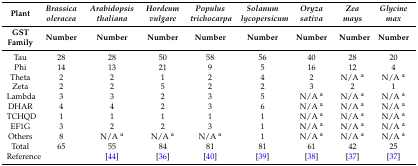
<table><thead><tr><td><b>Plant</b></td><td><b><i>Brassica oleracea</i></b></td><td><b><i>Arabidopsis thaliana</i></b></td><td><b><i>Hordeum vulgare</i></b></td><td><b><i>Populus trichocarpa</i></b></td><td><b><i>Solanum lycopersicum</i></b></td><td><b><i>Oryza sativa</i></b></td><td><b><i>Zea mays</i></b></td><td><b><i>Glycine max</i></b></td></tr><tr><td><b>GST Family</b></td><td><b>Number</b></td><td><b>Number</b></td><td><b>Number</b></td><td><b>Number</b></td><td><b>Number</b></td><td><b>Number</b></td><td><b>Number</b></td><td><b>Number</b></td></tr></thead><tbody><tr><td>Tau</td><td>28</td><td>28</td><td>50</td><td>58</td><td>56</td><td>40</td><td>28</td><td>20</td></tr><tr><td>Phi</td><td>14</td><td>13</td><td>21</td><td>9</td><td>5</td><td>16</td><td>12</td><td>4</td></tr><tr><td>Theta</td><td>2</td><td>2</td><td>1</td><td>2</td><td>4</td><td>2</td><td>N/A <sup>a</sup></td><td>N/A <sup>a</sup></td></tr><tr><td>Zeta</td><td>2</td><td>2</td><td>5</td><td>2</td><td>2</td><td>3</td><td>2</td><td>1</td></tr><tr><td>Lambda</td><td>3</td><td>3</td><td>2</td><td>3</td><td>5</td><td>N/A <sup>a</sup></td><td>N/A <sup>a</sup></td><td>N/A <sup>a</sup></td></tr><tr><td>DHAR</td><td>4</td><td>4</td><td>2</td><td>3</td><td>6</td><td>N/A <sup>a</sup></td><td>N/A <sup>a</sup></td><td>N/A <sup>a</sup></td></tr><tr><td>TCHQD</td><td>1</td><td>1</td><td>1</td><td>1</td><td>1</td><td>N/A <sup>a</sup></td><td>N/A <sup>a</sup></td><td>N/A <sup>a</sup></td></tr><tr><td>EF1G</td><td>3</td><td>2</td><td>2</td><td>3</td><td>1</td><td>N/A <sup>a</sup></td><td>N/A <sup>a</sup></td><td>N/A <sup>a</sup></td></tr><tr><td>Others</td><td>8</td><td>N/A <sup>a</sup></td><td>N/A <sup>a</sup></td><td>N/A <sup>a</sup></td><td>1</td><td>N/A <sup>a</sup></td><td>N/A <sup>a</sup></td><td>N/A <sup>a</sup></td></tr><tr><td>Total</td><td>65</td><td>55</td><td>84</td><td>81</td><td>81</td><td>61</td><td>42</td><td>25</td></tr><tr><td>Reference</td><td></td><td>[44]</td><td>[36]</td><td>[40]</td><td>[39]</td><td>[38]</td><td>[37]</td><td>[37]</td></tr></tbody></table>